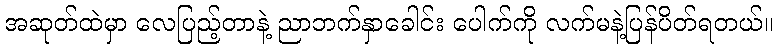
အဆုတ်ထဲမှာ လေပြည့်တာနဲ့ ညာဘက်နှာခေါင်း ပေါက်ကို လက်မနဲ့ပြန်ပိတ်ရတယ်။